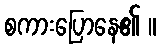
စကားပြောနေ၏ ။